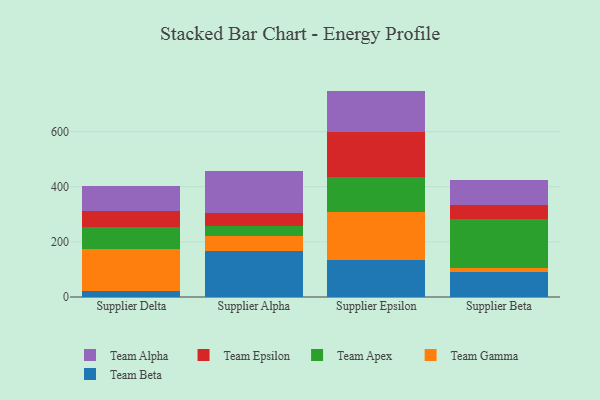
{"axis": {"x": "Supplier", "y": "Page Views"}, "legend": ["Team Alpha", "Team Apex", "Team Beta", "Team Epsilon", "Team Gamma"], "data": [{"x": "Supplier Delta", "y": 20.3, "type": "Team Beta"}, {"x": "Supplier Delta", "y": 155.3, "type": "Team Gamma"}, {"x": "Supplier Delta", "y": 78.9, "type": "Team Apex"}, {"x": "Supplier Delta", "y": 55.9, "type": "Team Epsilon"}, {"x": "Supplier Delta", "y": 92.9, "type": "Team Alpha"}, {"x": "Supplier Alpha", "y": 167.7, "type": "Team Beta"}, {"x": "Supplier Alpha", "y": 53.7, "type": "Team Gamma"}, {"x": "Supplier Alpha", "y": 36.6, "type": "Team Apex"}, {"x": "Supplier Alpha", "y": 47.1, "type": "Team Epsilon"}, {"x": "Supplier Alpha", "y": 151.9, "type": "Team Alpha"}, {"x": "Supplier Epsilon", "y": 133.0, "type": "Team Beta"}, {"x": "Supplier Epsilon", "y": 173.7, "type": "Team Gamma"}, {"x": "Supplier Epsilon", "y": 128.9, "type": "Team Apex"}, {"x": "Supplier Epsilon", "y": 162.5, "type": "Team Epsilon"}, {"x": "Supplier Epsilon", "y": 149.8, "type": "Team Alpha"}, {"x": "Supplier Beta", "y": 89.6, "type": "Team Beta"}, {"x": "Supplier Beta", "y": 17.3, "type": "Team Gamma"}, {"x": "Supplier Beta", "y": 175.9, "type": "Team Apex"}, {"x": "Supplier Beta", "y": 49.8, "type": "Team Epsilon"}, {"x": "Supplier Beta", "y": 93.4, "type": "Team Alpha"}]}